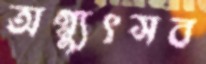
অগ্ন্যুৎসব